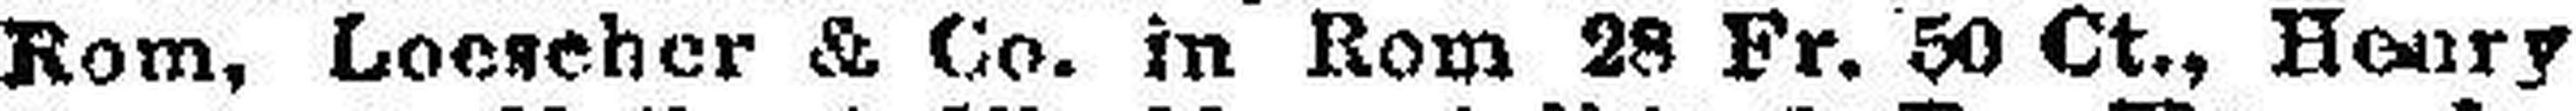
Rom, Loescher & Co. in Rom 28 Fr. 50 Ct., Henry